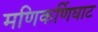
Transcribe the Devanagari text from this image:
मणिकर्णिघाट